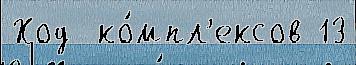
Ход  ко́мпл'ексов 13